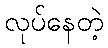
လုပ်နေတဲ့